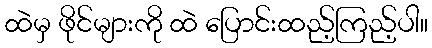
ထဲမှ ဖိုင်များကို ထဲ ပြောင်းထည့်ကြည့်ပါ။